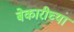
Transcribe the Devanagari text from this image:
बेकारीच्या